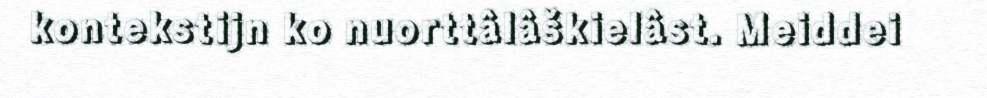
kontekstijn ko nuorttâlâškielâst. Meiddei